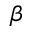
\beta